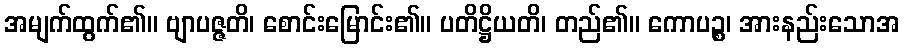
အမျက်ထွက်၏။ ဗျာပဇ္ဇတိ၊ စောင်းမြောင်း၏။ ပတိဋ္ဌိယတိ၊ တည်၏။ ကောပဉ္စ၊ အားနည်းသောအ